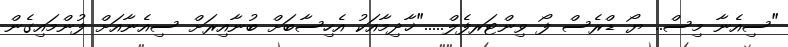
"ސިއެނާ މިސް.. ޔޯ ޑްރެސް ފޯ ވިންޓަރފެލް....."ޚާދިމާއަކު އެހިސާބަށް ބުނާއިރަށް ސިއެނާއަށް ފުންމައިގެން